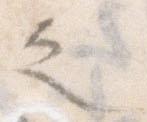
之